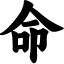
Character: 命